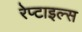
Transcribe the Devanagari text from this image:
रेप्टाइल्स